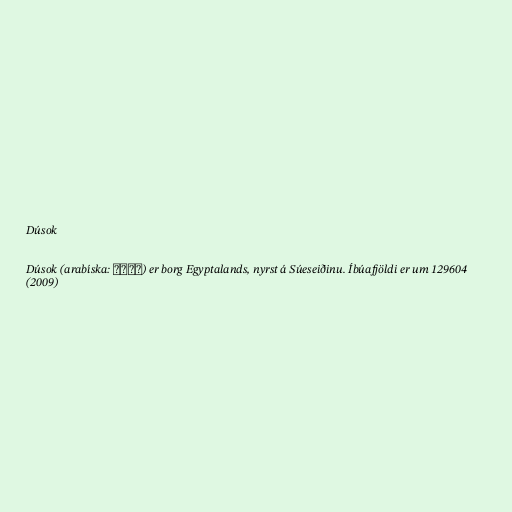
Dúsok

Dúsok (arabíska: دسوق) er borg Egyptalands, nyrst á Súeseiðinu. Íbúafjöldi er um 129604
(2009)